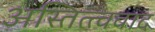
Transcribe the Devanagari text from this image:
अस्तित्त्ववाद